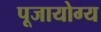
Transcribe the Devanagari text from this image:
पूजायोग्य